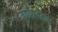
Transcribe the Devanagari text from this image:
कार्यप्रवर्तक